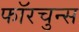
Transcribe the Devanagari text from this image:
फॉरचुन्स